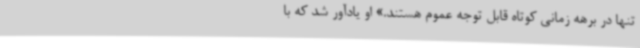
تنها در برهه زمانی کوتاه قابل‌ توجه عموم هستند.» او یادآور شد که با